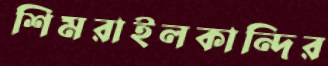
শিমরাইলকান্দির